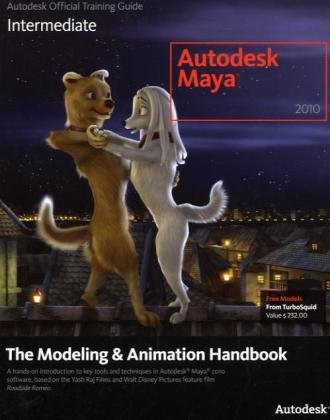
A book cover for Autodesk Maya 2010: The Modeling and Animation Handbook; Autodesk Maya Press; Computers & Technology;